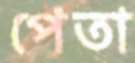
পেতা